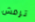
ترمش